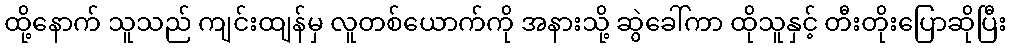
ထို့နောက် သူသည် ကျင်းထျန်မှ လူတစ်ယောက်ကို အနားသို့ ဆွဲခေါ်ကာ ထိုသူနှင့် တီးတိုးပြောဆိုပြီး